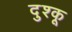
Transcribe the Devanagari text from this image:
दुश्कू